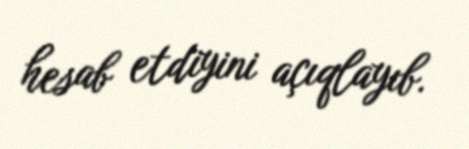
hesab etdiyini açıqlayıb.